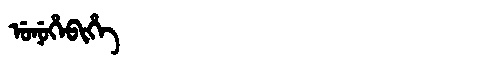
Manchu: ᡠᠨᡠᡥᡝᠪᡳᡥᡝ
Romanization: UNUHEBIHE